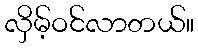
လှိမ့်ဝင်လာတယ်။